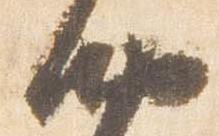
納